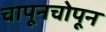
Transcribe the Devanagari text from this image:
चापूनचोपून